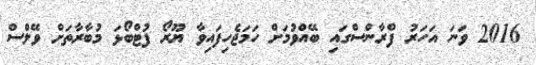
2016 ވަނަ އަހަރު ފްރާންސްގައި ބޭއްވުމަށް ހަމަޖެހިފައިވާ ޔޫރޯ ފުޓްބޯޅަ މުބާރާތަށް ވޭލްސް